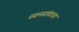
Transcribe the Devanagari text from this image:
स्वनसंघटना